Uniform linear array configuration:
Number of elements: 24
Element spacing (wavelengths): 1
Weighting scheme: kaiser
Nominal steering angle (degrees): -60
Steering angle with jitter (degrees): -60.419
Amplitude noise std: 0.05
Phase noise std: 0.05

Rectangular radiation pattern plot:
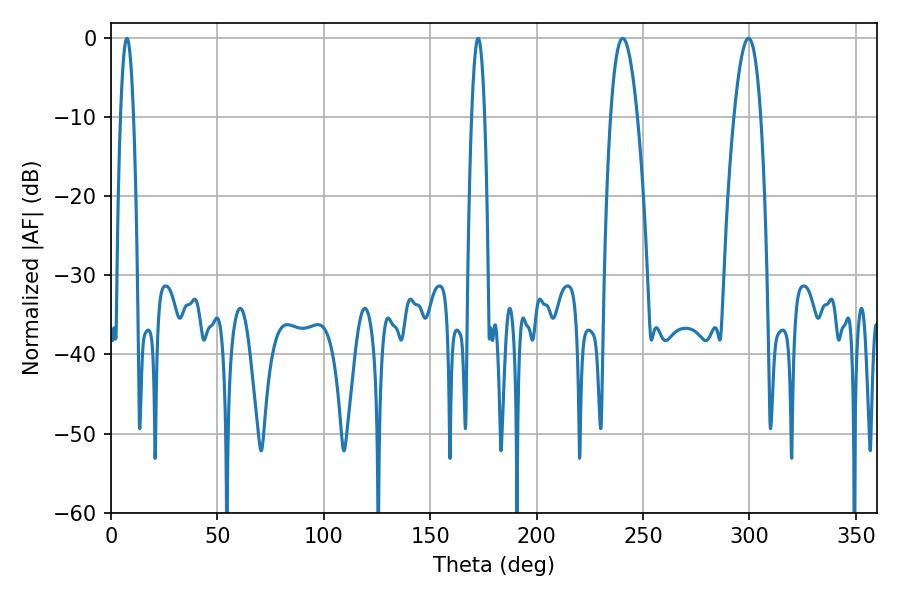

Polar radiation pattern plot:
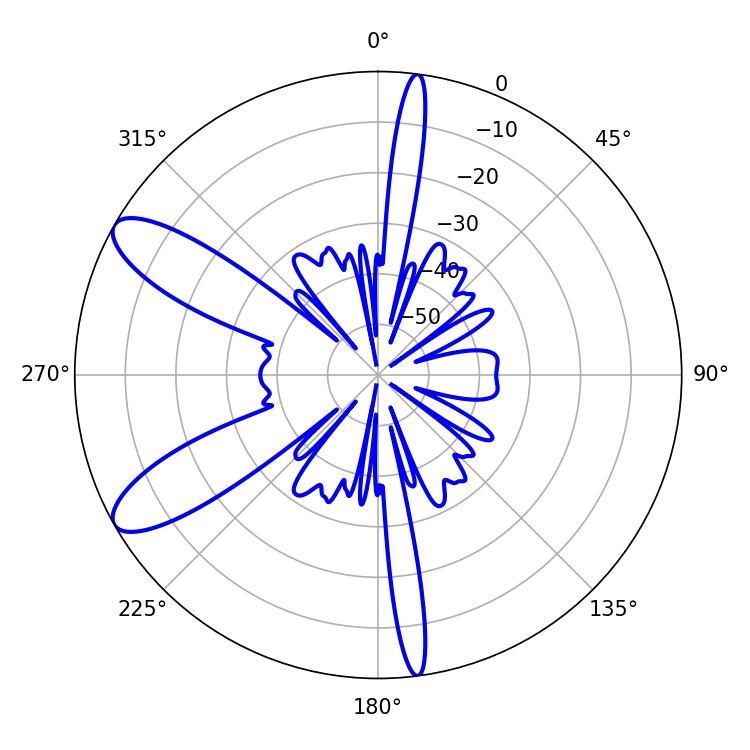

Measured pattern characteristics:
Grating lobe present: TRUE
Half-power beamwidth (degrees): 6.84
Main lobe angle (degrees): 240.48